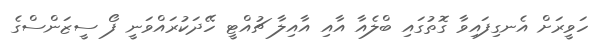
ހަވީރަށް އެނގިފައިވާ ގޮތުގައި ބްލެއާ އާއި އާއިލާ ޗުއްޓީ ހޭދަކުރައްވަނީ ފޯ ސީޒަންސްގެ